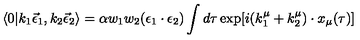
\langle 0 | k _ { 1 } \vec { \epsilon } _ { 1 } , k _ { 2 } \vec { \epsilon } _ { 2 } \rangle = \alpha w _ { 1 } w _ { 2 } ( \epsilon _ { 1 } \cdot \epsilon _ { 2 } ) \int d \tau \exp [ i ( k _ { 1 } ^ { \mu } + k _ { 2 } ^ { \mu } ) \cdot x _ { \mu } ( \tau ) ]